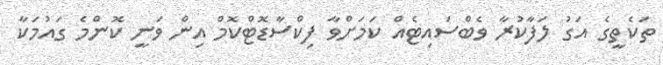
ތަކެތީގެ އަގު ލަފާކުރާ ވެބްސައިޓެއް ކަމަށްވާ ފިކްސާޑޮޓްކޮމް އިން ވަނީ ކޮންމެ ގައުމަކާ